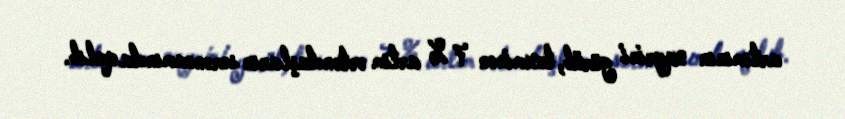
artımının xeyrini görüb, təxminən 7 % artım vətəndaşların sərəncamında qalıb.